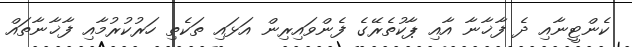
ކެންޓީނާއި ދެ ފާޚާނާ އާއި ޕާކުތެރޭގެ ފެންވައިރިން އަޅައި ތަކެތި ހަރުކުރުމާއި ފާޚާނާތައް